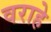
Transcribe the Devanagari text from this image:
वराहे